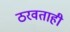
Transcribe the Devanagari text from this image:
ठरवताही